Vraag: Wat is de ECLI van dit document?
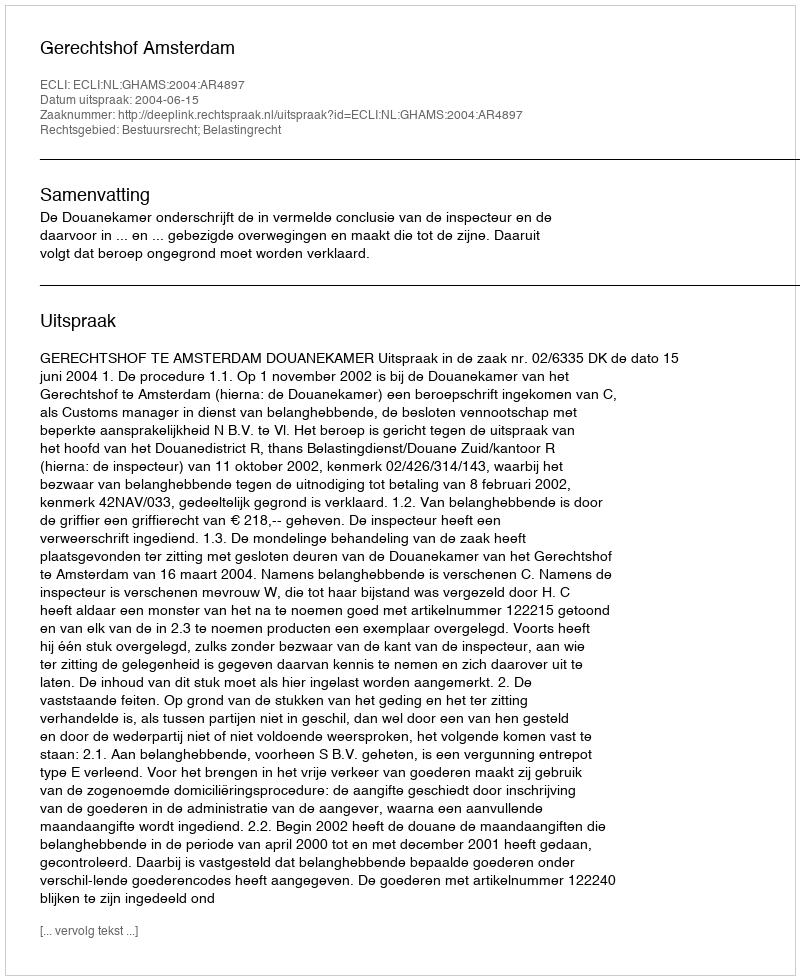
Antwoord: ECLI:NL:GHAMS:2004:AR4897